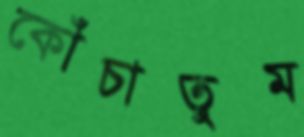
কোঁচাতুম